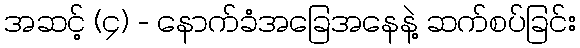
အဆင့် (၄) - နောက်ခံအခြေအနေနဲ့ ဆက်စပ်ခြင်း